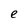
Character: e